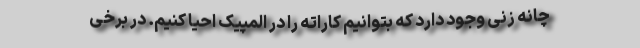
چانه زنی وجود دارد که بتوانیم کاراته را در المپیک احیا کنیم. در برخی